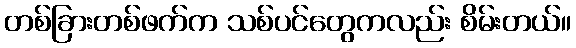
တစ်ခြားတစ်ဖက်က သစ်ပင်တွေကလည်း စိမ်းတယ်။